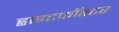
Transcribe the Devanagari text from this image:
ह्वाइटफॉस्टर